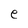
Character: e